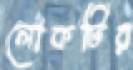
লোকটির